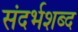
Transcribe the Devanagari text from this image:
संदर्भशब्द